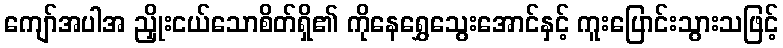
ကျော်အပါအ ညှိုးငယ်သောစိတ်ရှိ၏ ကိုနေရွှေသွေးအောင်နှင့် ကူးပြောင်းသွားသဖြင့်